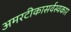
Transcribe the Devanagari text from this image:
अमरटीकासर्वस्वकार